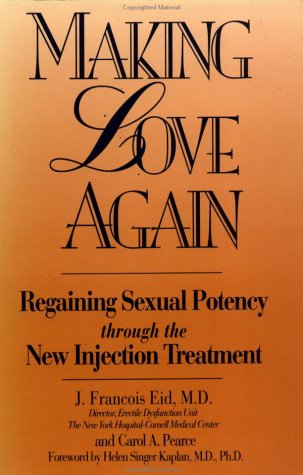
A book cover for Making Love Again: Regaining Sexual Potency Through The New Injection Treatment; J. Francois Eid; Health, Fitness & Dieting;